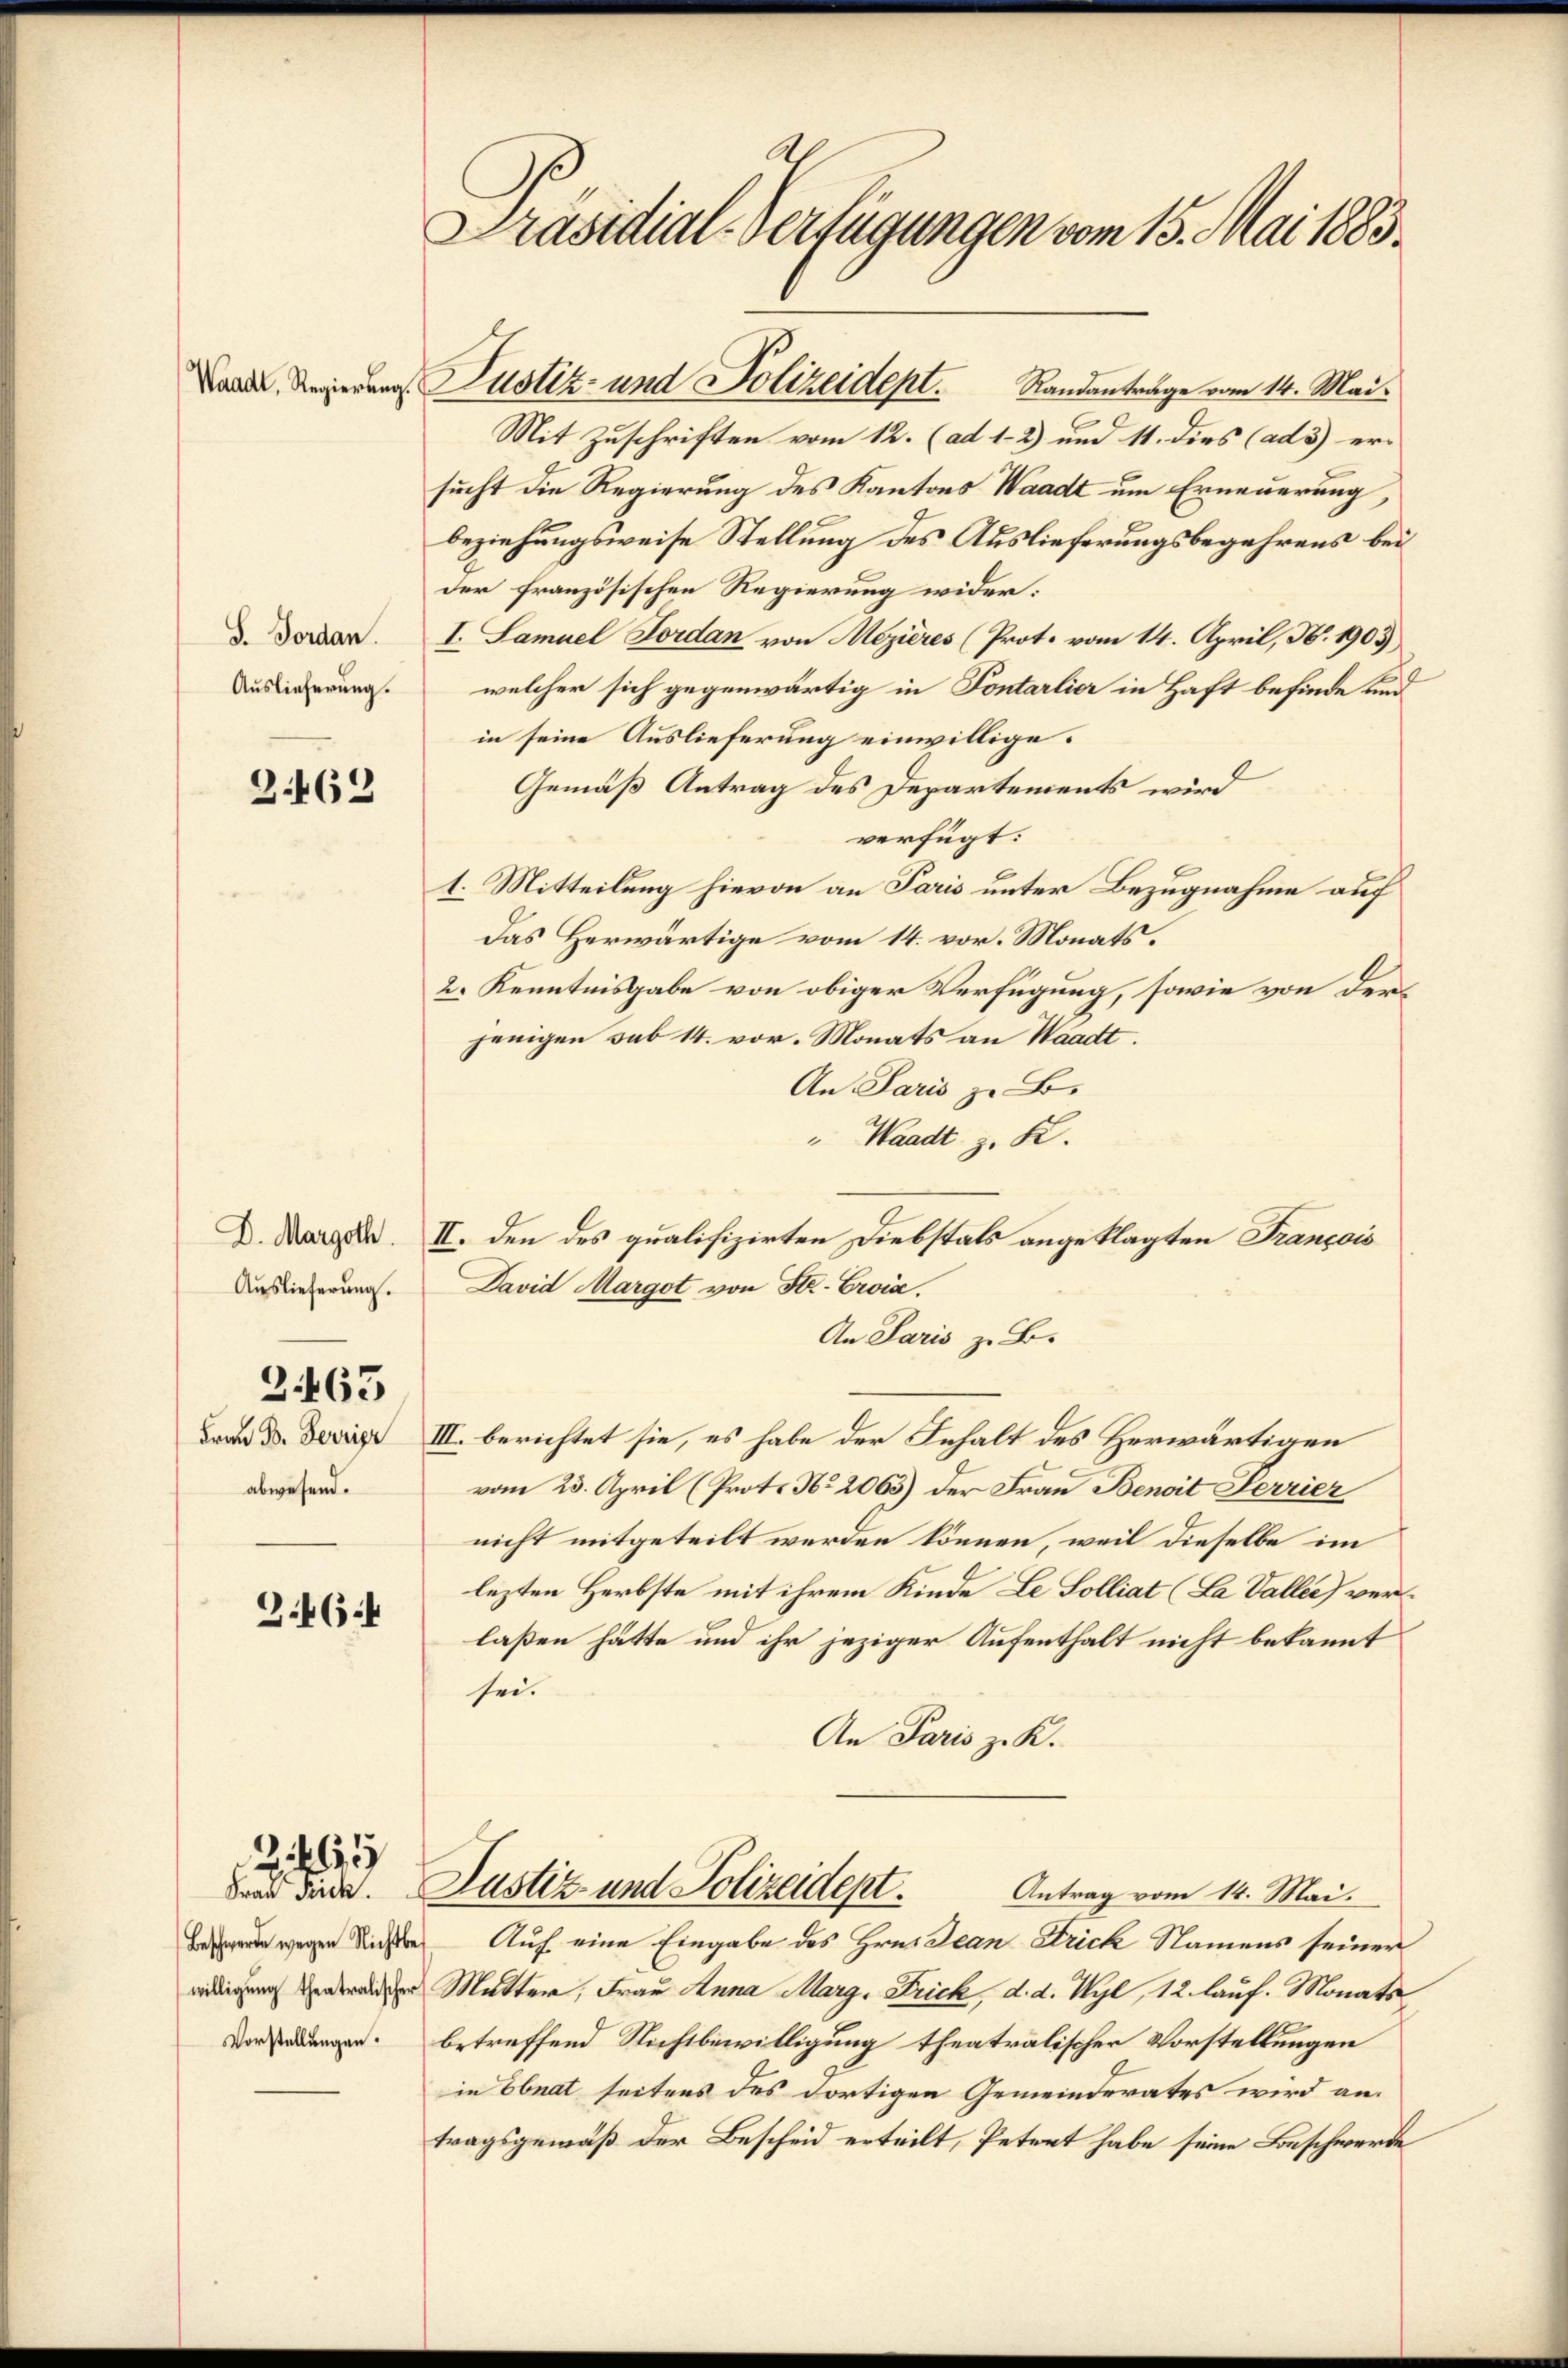
Waadt, Regierung.

S. Forden.
Auslieferung.

2462

D. Margoth.
Auslieferung.

Frau B. Ferrier
abwesend.

2463

3464

65

Frad Frick.
Beschwerde wegen Nichtswilligung theatralischer
Vorstellungen.

Präsidial-Verfügungen vom 15. Mai 1883.

Mit Zuschriften vom 12. (ad 1-2) und 11. dies (ad 5) er-
sucht die Regierung des Kantons Waadt um Erneuerung,
beziehungsweise Stellung des Auslieferungsbegehrens bei
der französischen Regierung wider:
I. Samuel Fordan von Mezières (Prot. vom 14. April, N. 1903
welcher sich gegenwärtig in Fontarlier in Haft befinde und
in seine Auslieferung einwillige.
Gemäß Antrag des Departements wird
verfügt:
t. Mitteilung hievon an Paris unter Bezugnahme auf
Das Herwärtige vom 14. vor. Monats¬
2. Kenntnisgabe von obiger Verfügung, sowie von der
jenigen sub 14. vor. Monats an Waadt.
An. Paris z. B.
" Waadt z. K.
II. den des qualifizirten Diebstals angeklagten Francois
David Margot von Sr. Croix.
An Paris z. B.
III. berichtet sie, es habe der Inhalt des Herwärtigen
vom 23. April (Prots No 2065) der Frau Benoit Ferrier
nicht mitgeteilt werden können, weil dieselbe im
lezten Herbste mit ihrem Kinde Le Solliat (La Vallee) verlaßen hätte und ihr jeziger Aufenthalt nicht bekannt
sei.
An Paris z. K.
Justiz- und Polizeidept. Antrag vom 14. Mai.
Auf eine Eingabe des Hrn. Jean Frick Namens seiner
Mutter, Frau Anna Marg. Frick, d. d. Wyl, 12 lauf. Monats
betreffend Nichtbewilligung theatralischer Vorstellungen
in Ebnat seitens des dortigen Gemeinderates wird an.
tragsgemäß der Bescheid erteilt, Petert habe seine Beschwerde

Justiz- und Polizeidept. Randantrage vom 14. Mai.